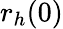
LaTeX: r_{h}(0)